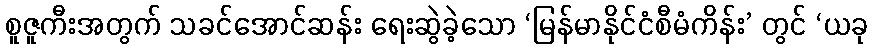
စူဇူကီးအတွက် သခင်အောင်ဆန်း ရေးဆွဲခဲ့သော ‘မြန်မာနိုင်ငံစီမံကိန်း’ တွင် ‘ယခု